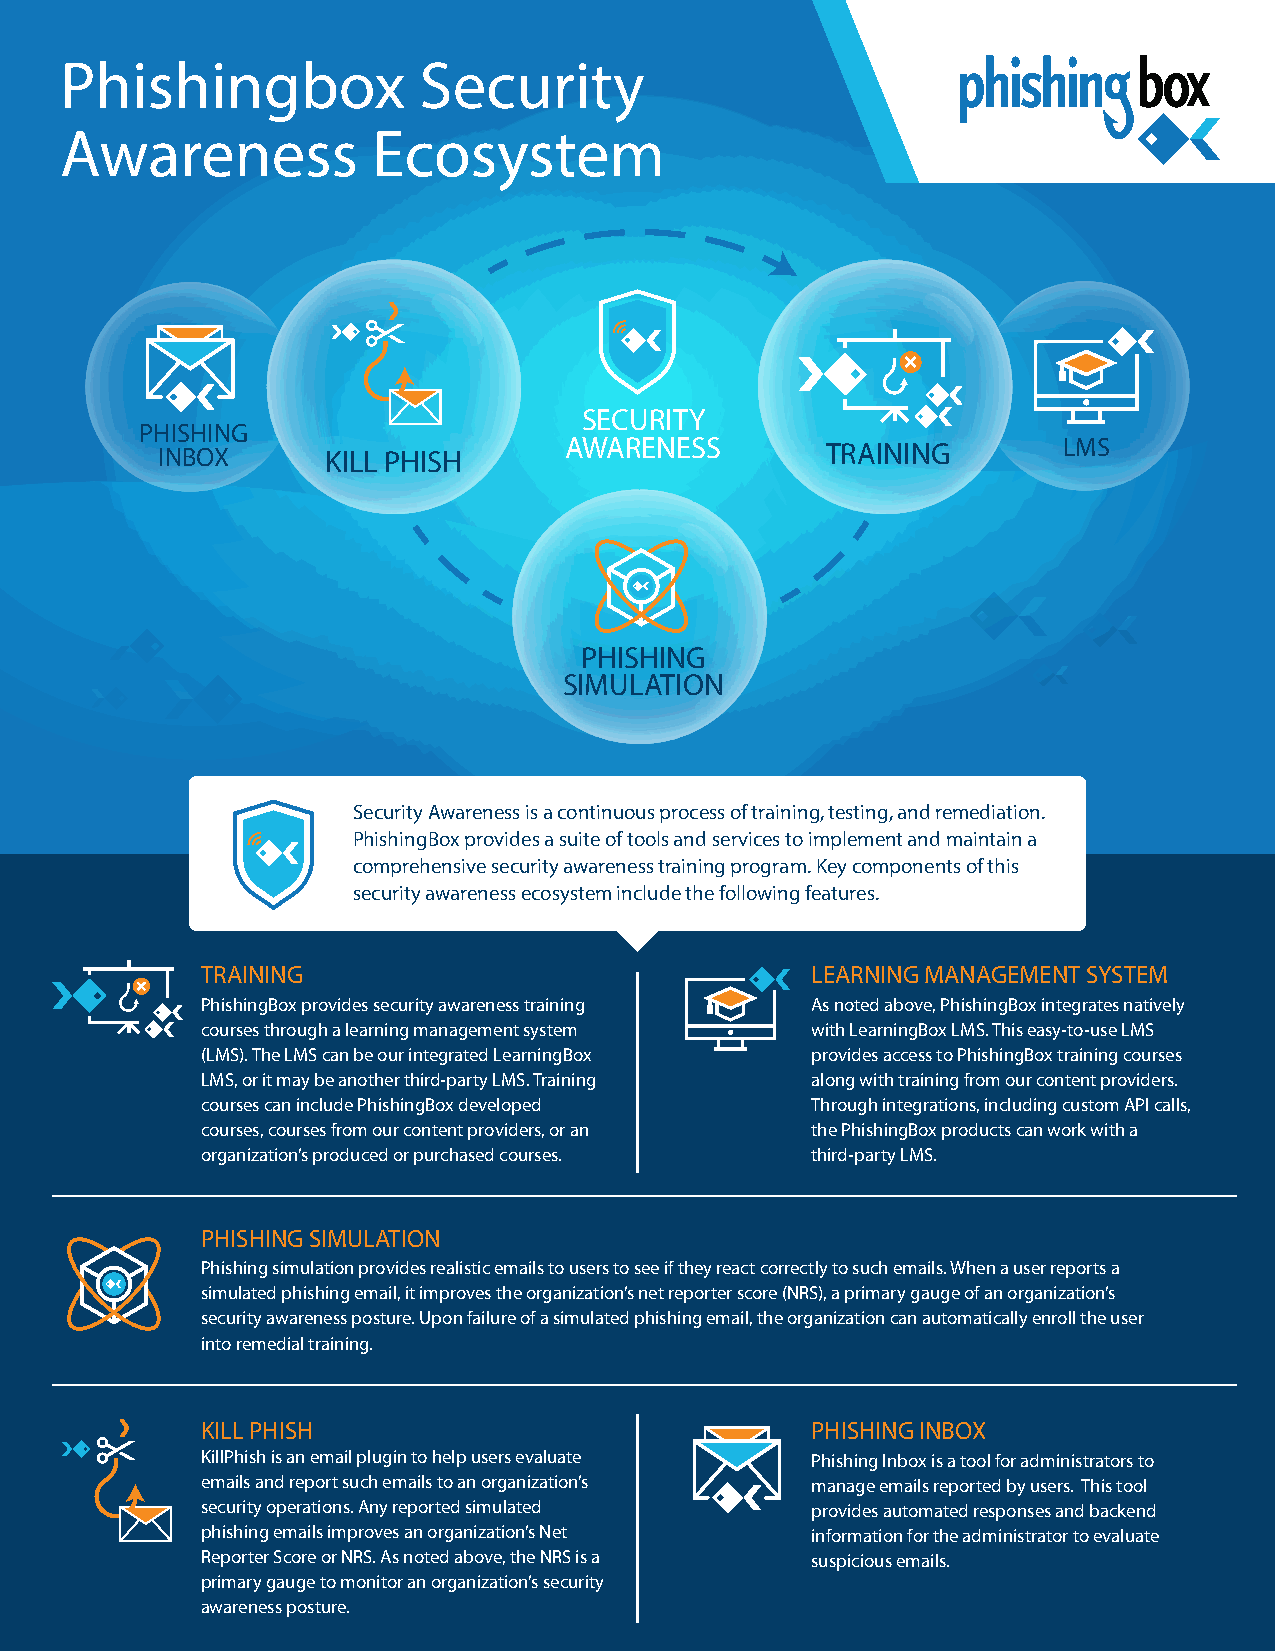
Phishingbox             Security
 Awareness            Ecosystem
 SECURITY
 PHISHING
 INBOX       KILL PHISH     AWARENESS         TRAINING       LMS
 PHISHING
 SIMULATION
 Security Awareness is a continuous process of training, testing, and remediation.
 PhishingBox provides a suite of tools and services to implement and maintain a
 comprehensive security awareness training program. Key components of this
 security awareness ecosystem include the following features.
 TRAINING                                 LEARNING MANAGEMENT SYSTEM
 PhishingBox provides security awareness training As noted above, PhishingBox integrates natively
 courses through a learning management system with LearningBox LMS. This easy-to-use LMS
 (LMS). The LMS can be our integrated LearningBox provides access to PhishingBox training courses
 LMS, or it may be another third-party LMS. Training along with training from our content providers.
 courses can include PhishingBox developed Through integrations, including custom API calls,
 courses, courses from our content providers, or an the PhishingBox products can work with a
 organization’s produced or purchased courses. third-party LMS.
 PHISHING SIMULATION
 Phishing simulation provides realistic emails to users to see if they react correctly to such emails. When a user reports a
 simulated phishing email, it improves the organization’s net reporter score (NRS), a primary gauge of an organization’s
 security awareness posture. Upon failure of a simulated phishing email, the organization can automatically enroll the user
 into remedial training.
 KILL PHISH                               PHISHING INBOX
 KillPhish is an email plugin to help users evaluate Phishing Inbox is a tool for administrators to
 emails and report such emails to an organization’s manage emails reported by users. This tool
 security operations. Any reported simulated provides automated responses and backend
 phishing emails improves an organization’s Net information for the administrator to evaluate
 Reporter Score or NRS. As noted above, the NRS is a suspicious emails.
 primary gauge to monitor an organization’s security
 awareness posture.